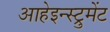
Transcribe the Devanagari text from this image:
आहेइन्स्ट्रुमेंट